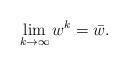
LaTeX: \begin{align*} \lim \limits_{k\rightarrow \infty }w^{k}=\bar w.\end{align*}